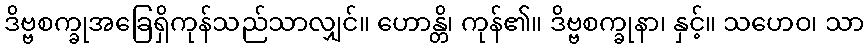
ဒိဗ္ဗစက္ခုအခြေရှိကုန်သည်သာလျှင်။ ဟောန္တိ၊ ကုန်၏။ ဒိဗ္ဗစက္ခုနာ၊ နှင့်။ သဟေဝ၊ သာ